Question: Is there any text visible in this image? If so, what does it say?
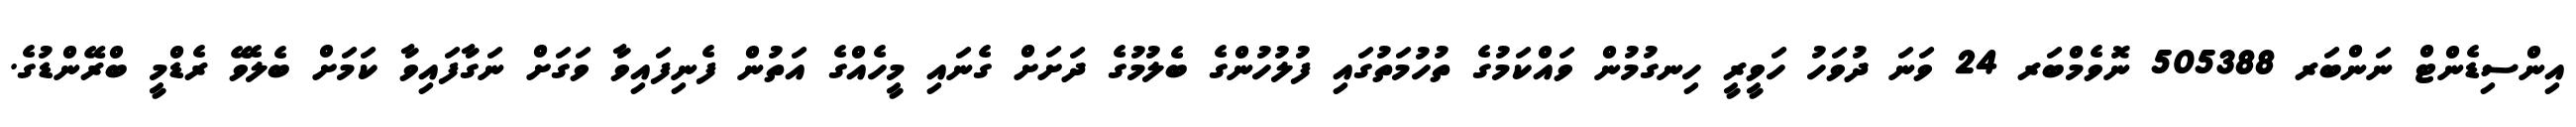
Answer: އިންސިޑެންޓް ނަންބަރ 505388 ނޮވެމްބަރ 24 ވަނަ ދުވަހު ހަވީރީ ހިނގުމުން ވައްކަމުގެ ތުހުމަތުގައި ފުލުހުންގެ ބެލުމުގެ ދަށަށް ގެނައި މީހެއްގެ އަތުން ފެނިފައިވާ ވަގަށް ނަގާފައިވާ ކަމަށް ބެލެވޭ ރެޑްމީ ބްރޭންޑުގެ.